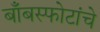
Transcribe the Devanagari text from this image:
बाँबस्फोटांचे